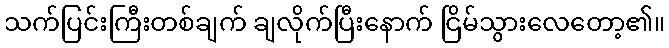
သက်ပြင်းကြီးတစ်ချက် ချလိုက်ပြီးနောက် ငြိမ်သွားလေတော့၏။